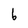
Character: b